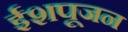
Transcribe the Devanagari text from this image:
ईशपूजन